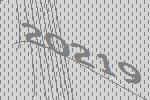
20219